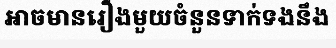
អាចមានរឿងមួយចំនួនទាក់ទងនឹង